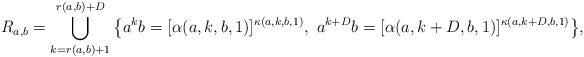
\begin{align*}R_{a,b}=\bigcup\limits_{k=r(a,b)+1}^{r(a,b)+D}\big\{{a^kb=[\alpha(a,k,b,1)}]^{\kappa(a,k,b,1)},\ a^{k+D}b=[{\alpha(a,k+D,b,1)}]^{\kappa(a,k+D,b,1)}\big\},\end{align*}